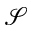
\mathcal { S }